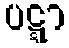
ပဋ္ဋာ